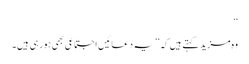
‘‘
وہ مزید کہتے ہیں کہ ’’یہ دعائیں اجتماعی بھی ہورہی ہیں۔